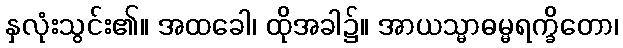
နှလုံးသွင်း၏။ အထခေါ၊ ထိုအခါ၌။ အာယသ္မာဓမ္မရက္ခိတော၊